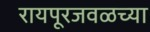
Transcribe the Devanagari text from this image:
रायपूरजवळच्या